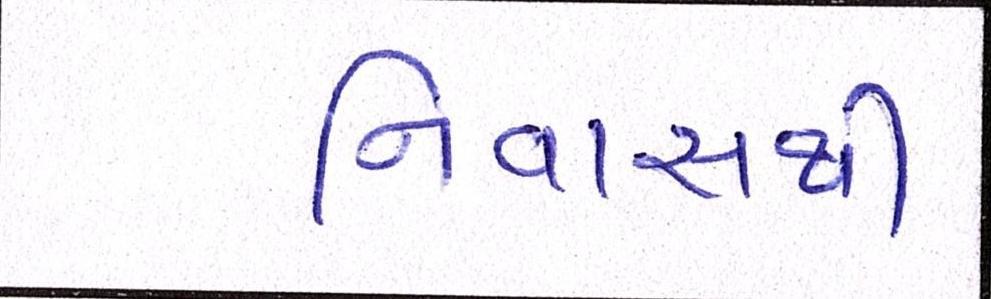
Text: નિવાસથી